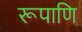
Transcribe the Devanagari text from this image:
रूपाणि